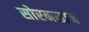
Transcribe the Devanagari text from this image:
सोरनसान